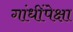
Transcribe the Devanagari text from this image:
गांधींपेक्षा